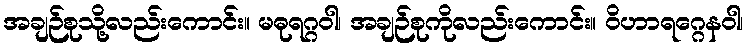
အချဉ်စုသို့လည်းကောင်း။ မဓုရဂ္ဂဝါ၊ အချဉ်စုကိုလည်းကောင်း။ ဝိဟာရဂ္ဂေနဝါ၊